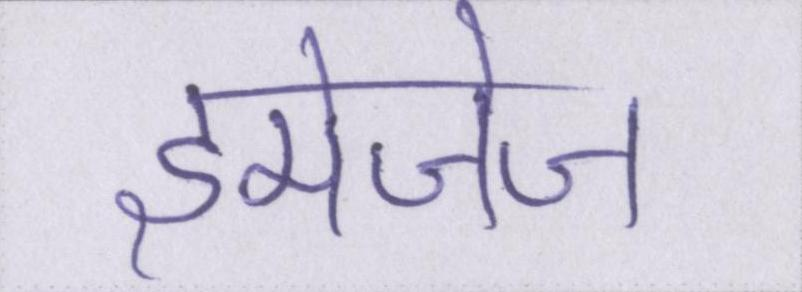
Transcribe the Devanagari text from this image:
इमेजेज